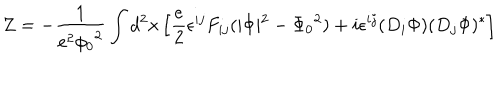
Z = - \frac { 1 } { e ^ { 2 } { \phi _ { 0 } } ^ { 2 } } \int d ^ { 2 } x \left[ \frac { e } { 2 } \epsilon ^ { i j } F _ { i j } ( \vert \Phi \vert ^ { 2 } - { \Phi _ { 0 } } ^ { 2 } ) + i \epsilon ^ { i j } ( D _ { i } \Phi ) ( D _ { j } \Phi ) ^ { * } \right]